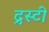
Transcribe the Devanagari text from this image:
द्रस्टी